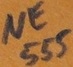
Text: NE555